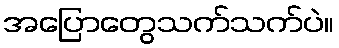
အပြောတွေသက်သက်ပဲ။